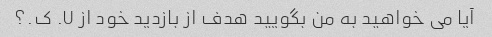
آیا می خواهید به من بگویید هدف از بازدید خود از U. ک.؟